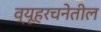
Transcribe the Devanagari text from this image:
व्यूहरचनेतील